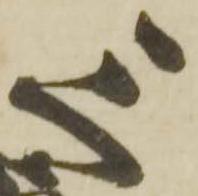
三